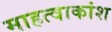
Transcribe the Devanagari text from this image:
माहत्वाकांश